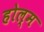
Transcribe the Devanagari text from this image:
होल्म